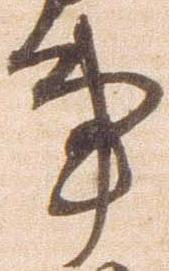
事